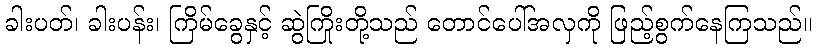
ခါးပတ်၊ ခါးပန်း၊ ကြိမ်ခွေနှင့် ဆွဲကြိုးတို့သည် တောင်ပေါ်အလှကို ဖြည့်စွက်နေကြသည်။